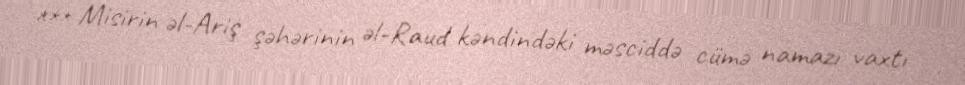
*** Misirin əl-Ariş şəhərinin əl-Raud kəndindəki məsciddə cümə namazı vaxtı